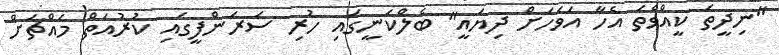
"ނިދީތަ ކީއްވެތަ އެހާ އަވަހަށް ދިޔައީ" ބެލްކަނީގައި ހުރި ސަރަންފީގައި ކުރުއަތް މައްޗަށް